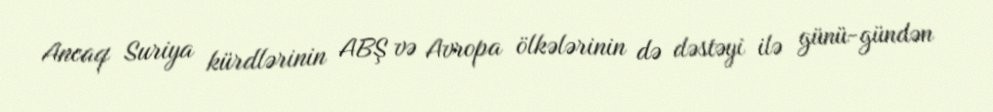
Ancaq Suriya kürdlərinin ABŞ və Avropa ölkələrinin də dəstəyi ilə günü-gündən